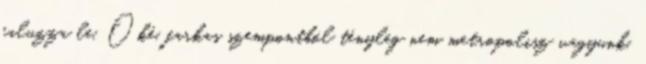
faluzza le. Oké, farkas szempontból tényleg nem metropolisz vagyunk,